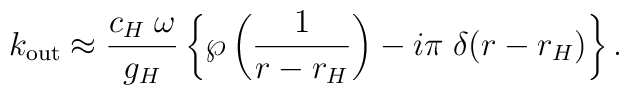
k_{\mathrm{out}} \approx{c_H \;\omega\over g_H} \left\{ \wp\left({1\over r-r_H}\right) - i \pi \; \delta(r-r_H)\right\}.